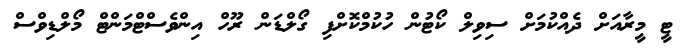
ޓީ މީރާއަށް ދެއްކުމަށް ސިވިލް ކޯޓުން ހުކުމްކޮށްފި ގޯލްޑަން ރޫހް އިންވެސްޓްމަންޓް މޯލްޑިވްސް